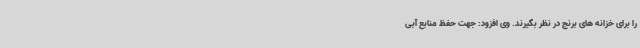
را برای خزانه های برنج در نظر بگیرند. وی افزود: جهت حفظ منابع آبی